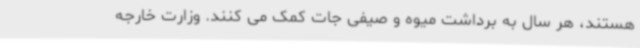
هستند، هر سال به برداشت میوه و صیفی جات کمک می کنند. وزارت خارجه